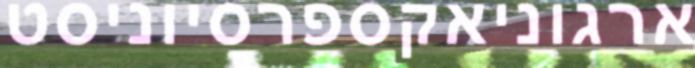
ארגוניאקספרסיוניסט